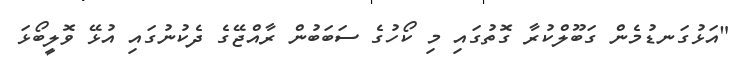
"އަޅުގަނޑުމެން ގަބޫލްކުރާ ގޮތުގައި މި ކޯހުގެ ސަބަބުން ރާއްޖޭގެ ދެކުނުގައި އުޅޭ ވޮލީބޯޅަ